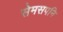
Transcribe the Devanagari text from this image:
सेमसपनि